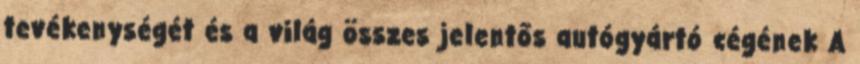
tevékenységét és a világ összes jelentős autógyártó cégének A